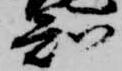
知